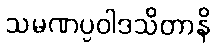
သမဏပ္ပဝါဒသိတာနိ